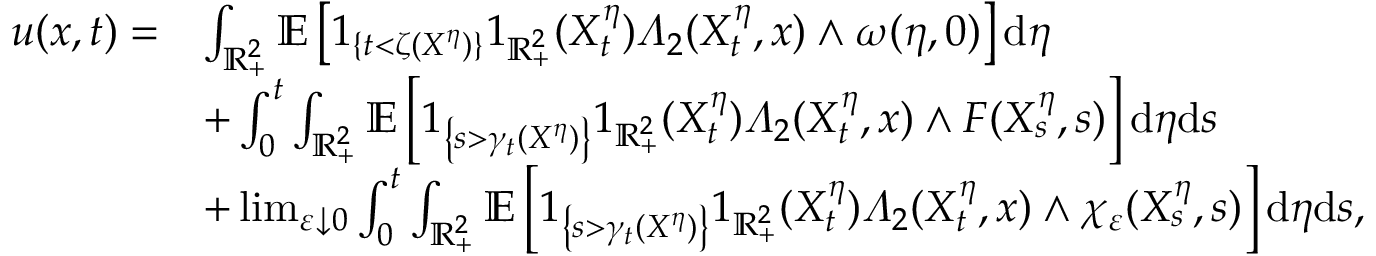
\begin{array} { r l } { u ( x , t ) = } & { \int _ { \mathbb { R } _ { + } ^ { 2 } } \mathbb { E } \left[ 1 _ { \{ t < \zeta ( X ^ { \eta } ) \} } 1 _ { \mathbb { R } _ { + } ^ { 2 } } ( X _ { t } ^ { \eta } ) \varLambda _ { 2 } ( X _ { t } ^ { \eta } , x ) \wedge \omega ( \eta , 0 ) \right] \mathrm { d } \eta } \\ & { + \int _ { 0 } ^ { t } \int _ { \mathbb { R } _ { + } ^ { 2 } } \mathbb { E } \left[ 1 _ { \left\{ s > \gamma _ { t } ( X ^ { \eta } ) \right\} } 1 _ { \mathbb { R } _ { + } ^ { 2 } } ( X _ { t } ^ { \eta } ) \varLambda _ { 2 } ( X _ { t } ^ { \eta } , x ) \wedge F ( X _ { s } ^ { \eta } , s ) \right] \mathrm { d } \eta \mathrm { d } s } \\ & { + \operatorname* { l i m } _ { \varepsilon \downarrow 0 } \int _ { 0 } ^ { t } \int _ { \mathbb { R } _ { + } ^ { 2 } } \mathbb { E } \left[ 1 _ { \left\{ s > \gamma _ { t } ( X ^ { \eta } ) \right\} } 1 _ { \mathbb { R } _ { + } ^ { 2 } } ( X _ { t } ^ { \eta } ) \varLambda _ { 2 } ( X _ { t } ^ { \eta } , x ) \wedge \chi _ { \varepsilon } ( X _ { s } ^ { \eta } , s ) \right] \mathrm { d } \eta \mathrm { d } s , } \end{array}